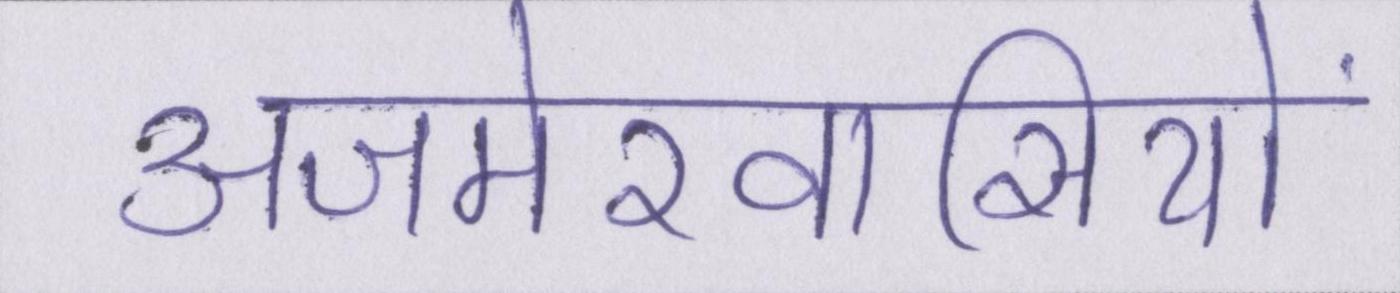
अजमेरवासियों